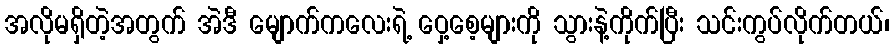
အလိုမရှိတဲ့အတွက် အဲဒီ မျောက်ကလေးရဲ့ ဝှေ့စေ့များကို သွားနဲ့ကိုက်ပြီး သင်းကွပ်လိုက်တယ်၊